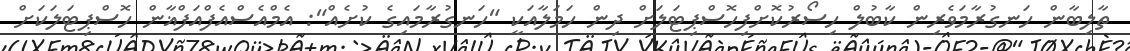
ތާލިބާން ހަނގުރާމަވެރިން ކާބުލް ހިސޯރުކޮށްފިހޮސްޕިޓަލަށް ދިން ހަމަލާއަކީ "ހަނގުރާމައިގެ ކުށެއް": އެމްއެސްއެފްއަފްޣާން ހޮސްޕިޓަލަކަށް